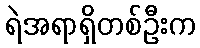
ရဲအရာရှိတစ်ဦးက